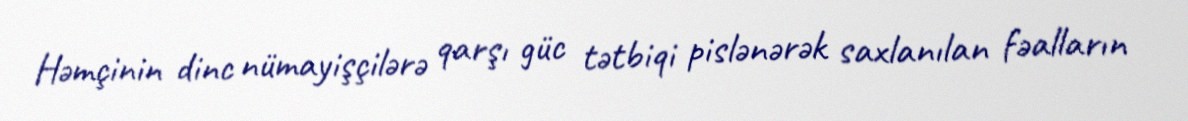
Həmçinin dinc nümayişçilərə qarşı güc tətbiqi pislənərək saxlanılan fəalların